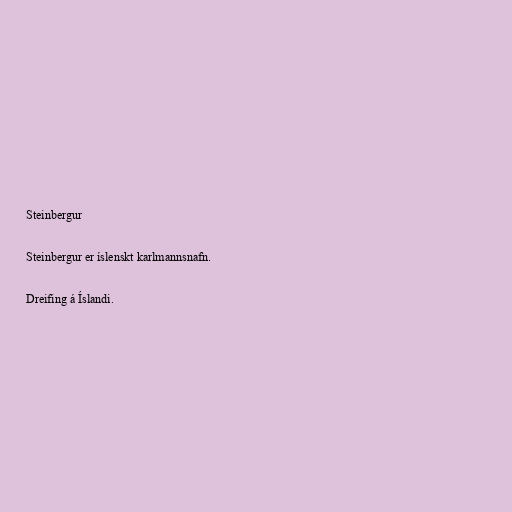
Steinbergur

Steinbergur er íslenskt karlmannsnafn.

Dreifing á Íslandi.